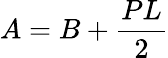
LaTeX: A=B+{\frac{PL}{2}}